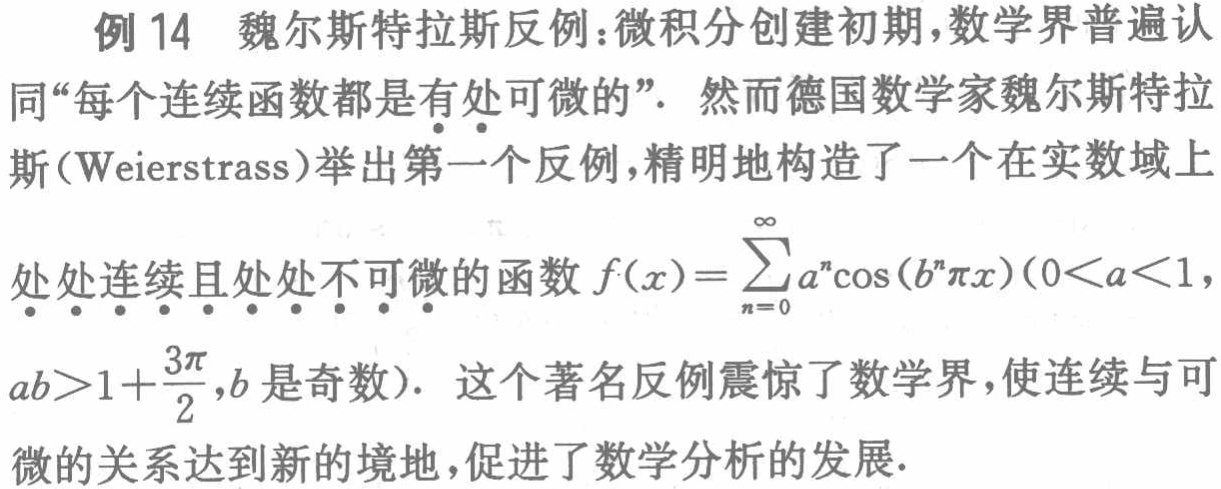
例 14 魏尔斯特拉斯反例：微积分创建初期，数学界普遍认同“每个连续函数都是有处可微的”。然而德国数学家魏尔斯特拉斯（Weierstrass）举出第一个反例，精明地构造了一个在实数域上处处连续且处处不可微的函数\(f(x)=\sum_{n = 0}^{\infty} a^{n}\cos(b^{n}\pi x)(0 < a < 1, ab>1+\frac{3\pi}{2},b\)是奇数)。这个著名反例震惊了数学界，使连续与可微的关系达到新的境地，促进了数学分析的发展。